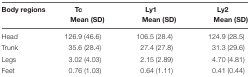
<table><thead><tr><td><b>Body regions</b></td><td><b>Tc Mean (SD)</b></td><td><b>Ly1 Mean (SD)</b></td><td><b>Ly2 Mean (SD)</b></td></tr></thead><tbody><tr><td>Head</td><td>126.9 (46.6)</td><td>106.5 (28.4)</td><td>124.9 (28.5)</td></tr><tr><td>Trunk</td><td>35.6 (28.4)</td><td>27.4 (27.8)</td><td>31.3 (29.6)</td></tr><tr><td>Legs</td><td>3.02 (4.03)</td><td>2.15 (2.89)</td><td>4.70 (4.81)</td></tr><tr><td>Feet</td><td>0.76 (1.03)</td><td>0.64 (1.11)</td><td>0.41 (0.44)</td></tr></tbody></table>